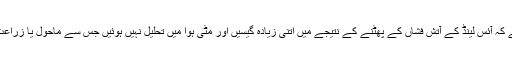
موسمیاتی سائنس دانوں نے کہا ہے کہ آئس لینڈ کے آتش فشاں کے پھٹنے کے نتیجے میں اتنی زیادہ گیسیں اور مٹی ہوا میں تحلیل نہیں ہوئیں جس سے ماحول یا زراعت پر کوئی منفی اثرات مرتب ہوں۔